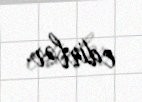
edirlər.